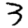
Digit: 3